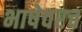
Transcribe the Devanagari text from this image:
भाषेवरच